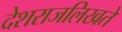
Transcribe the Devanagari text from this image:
देशराजलिखते